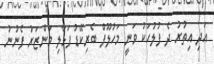
އަދި އިތުރު ދެ ފުލުހަކު ވަނީ މަހުލޫފް ބެރިކޭޑު ފަޅާލި މަންޒަރު ފެނުނު